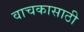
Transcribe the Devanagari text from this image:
वाचकासाठी